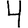
Digit: 4